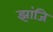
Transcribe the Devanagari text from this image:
झांजि